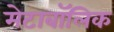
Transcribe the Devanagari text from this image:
मेटाबॉलिक